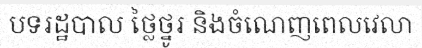
បទរដ្ឋបាល ថ្លៃថ្នូរ និងចំណេញពេលវេលា